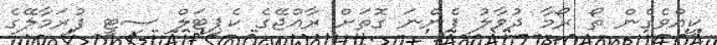
ކީއްވެގެން ތޯ ރޯމާ ދުވާލު ފެންނަ ގޮތަށް ރާއްޖޭގެ ކެޕިޓަލް ސިޓީ ފުރަމާލޭގެ